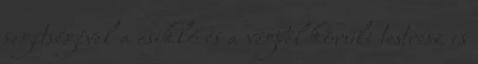
segítségével a csikló és a végbél körüli testrész is